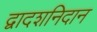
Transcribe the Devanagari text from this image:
द्वादशनिदान